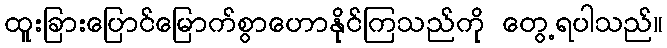
ထူးခြားပြောင်မြောက်စွာဟောနိုင်ကြသည်ကို တွေ့ရပါသည်။